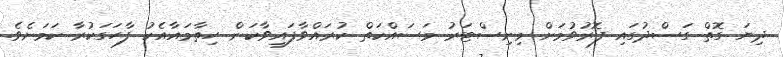
ދިޔަ ގޮތް ގަަސްދުގައި ފޮރުވުމަށް މިނިސްޓަރު މަސައްކަތް ކުރައްވާފައިވާކަން ހިތާމައާއެކު ފާހަގަކުރާ ކަމަށެވެ.